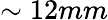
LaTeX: \sim 12mm